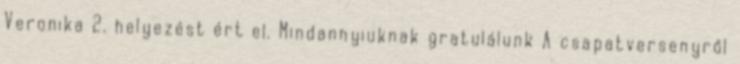
Veronika 2. helyezést ért el. Mindannyiuknak gratulálunk A csapatversenyről